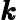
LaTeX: \pmb{k}